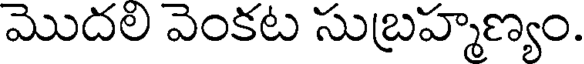
మొదల వెంకట సుబ్రహ్మణ్యం.